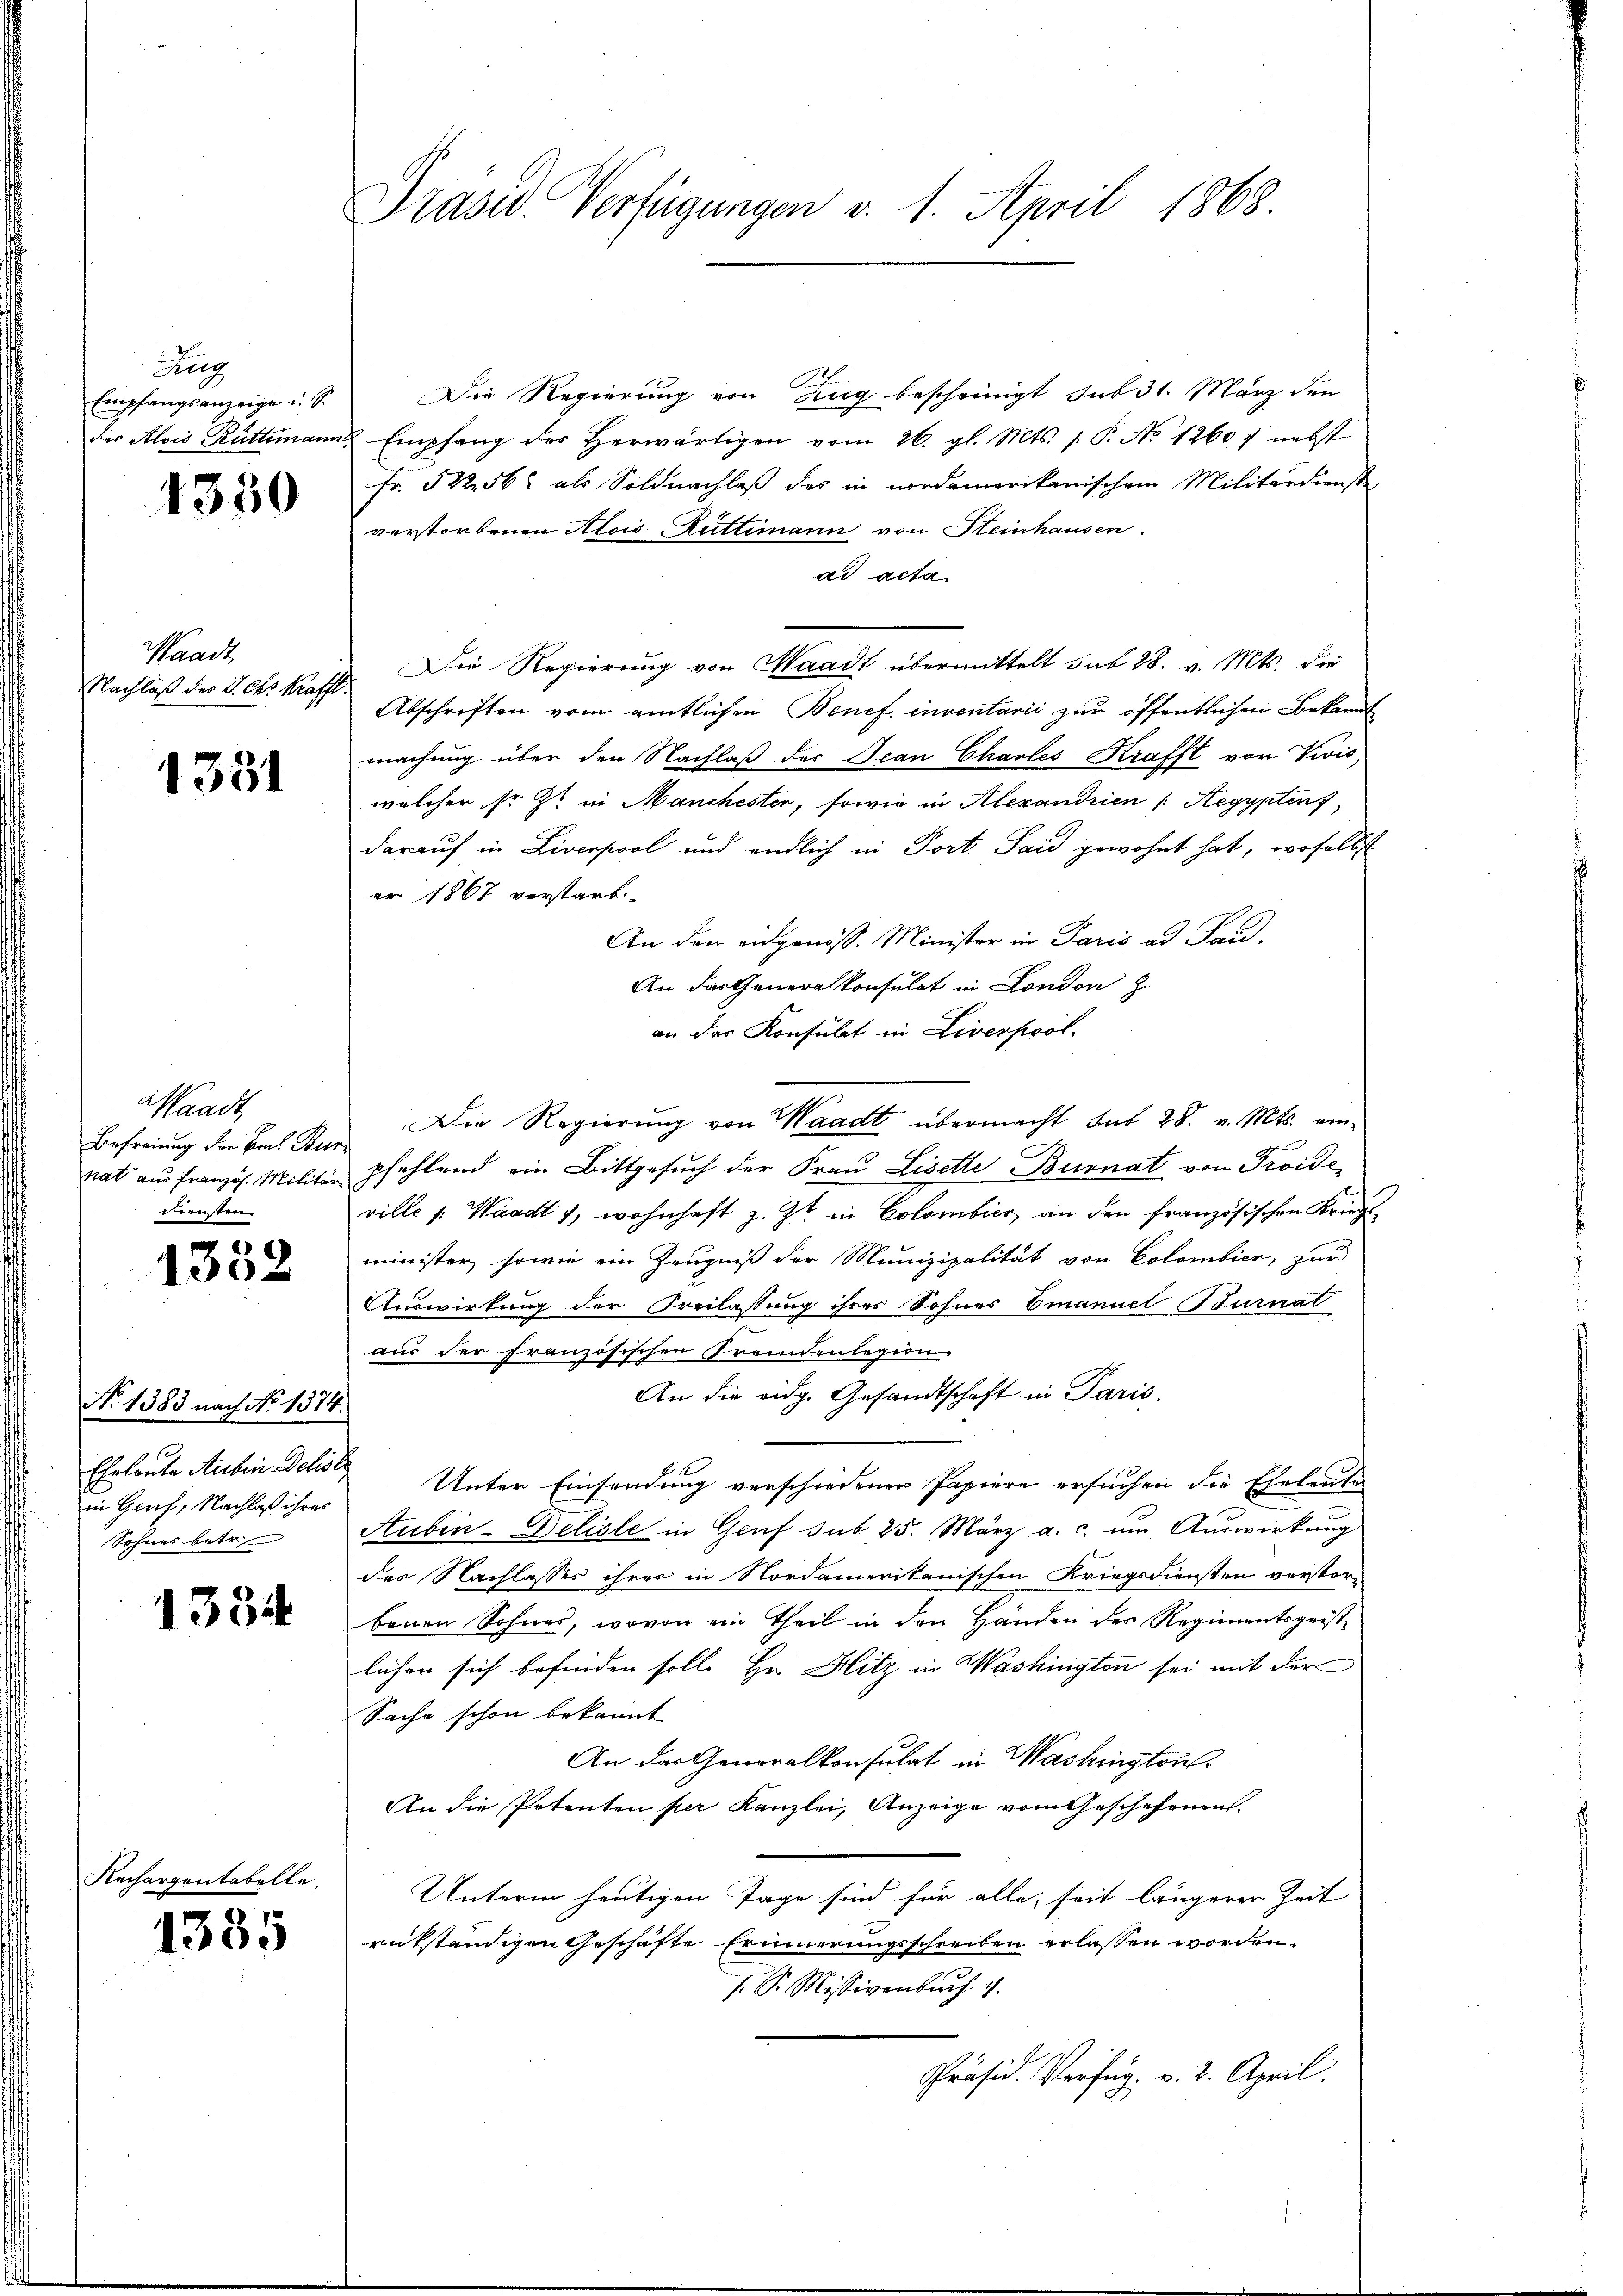
Sulz
Empfangsanzeige u. S.
des Alois Rüttimann

1330

Waadt,
Nachlaß des J. Chr. Kraffe

1331

Waadt,
Befreiung der Bach Ber
nat aus französ. Militär
Diensten.

1332

No 1383 nach No 1374.
in Genf, Nachlaß ihres
Sohnes betr.

1334

Rechargentabelle.

1335

Präsid. Verfügungen v. 1. April 1868

Die Regierung von Zug bescheinigt sub 31. März den
R Empfang der Herwärtigen vom 26. gl. Mts. s. P. No 1260 f nebst
Fr. 522. 562 als Soldnachlaß des in nordamerikanischem Militärdienste
verstorbenen Alois Rüttimann von Heinhausen.
ad acta
Die Regierung von Waadt übermittelt sub 28. v. Mts. die
Abschriften vom amtlichen Benef. inventarii zur öffentlichen Bekannt
machung über den Nachlaß der Jean Chales Krafft von Zwis,
welcher so ist in Manchester, sowie in Alexandrien (Aegypten,
darauf in Liverpool und endlich in Fort Said gewohnt hat, woselbst
er 1867 verstarb
An den eidgenöss. Minister in Paris ad Pau-
An das Generalkonsulat in London z.
an das Konsulat in Liverpool.
Die Regierung von Waadt übermacht hat 28. v. Mts. einpfehlend ein Bittgesuch der Frau Lisette Burnat von Troide
ville |: Waadt 1, wohnhaft z. Zt. in Colombier an den französischen Kriegs-
minister, sowie ein Zeugniß der Munizipalität von Colombier, zur
Auswirkung der Freilassung ihres Sohnes Emanuel Burnal
aus der französischen Fremdenlegion
An die eidge Gesandtschaft in Paris.
Eheleute Auben Schon Unter Einsendung verschiedener Papiere ersuchen die Eheleute
Stuben-Deliste in Genf sub 25. März a. c. um Auswirkung
des Nachlasser ihrer in Nordamerikanischen Kriegsdiensten verstor-
benen Sohnes, wovon ein Theil in den Händen des Regimentsgeistlichen sich befinden solle Hr. Hitz in Washington sei mit der
Sache schon bekannt
An das Generalkonsulat in Washington
An die Potenten per Kanzlei, Anzeige vom Geschehenen
Unterm heutigen Tage sind für alle, seit längerer Zeit
rütständigen Geschäfte Erinnerungsschreiben erlassen worden.
/. Sr. Missivenbuch 1.
Präsid. Verfüg: v. 2. April.